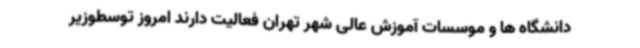
دانشگاه ها و موسسات آموزش عالی شهر تهران فعالیت دارند امروز توسطوزیر